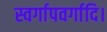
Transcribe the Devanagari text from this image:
स्वर्गापवर्गादि।